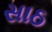
સાઠ